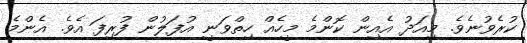
ކުރެވުނެވެ. މިއަދު އެއިން ކޮންމެ މީހެއް ހިތްވަނީ އުފަލުން ފުރިފަ އެވެ. އެންމެ